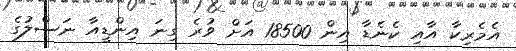
އެމެރިކާ އާއި ކެނެޑާ އިން 18500 އަށް ވުރެ ގިނަ އިންޑީއާ ނަސްލުގެ